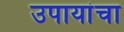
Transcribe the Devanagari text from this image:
उपायांचा